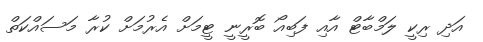
އަދި ރިކީ ލަމްބާޓް އާއި ފަބިއޯ ބޮރީނީ ޓީމަށް އެރުމަށް ކުރާ މަސައްކަތް